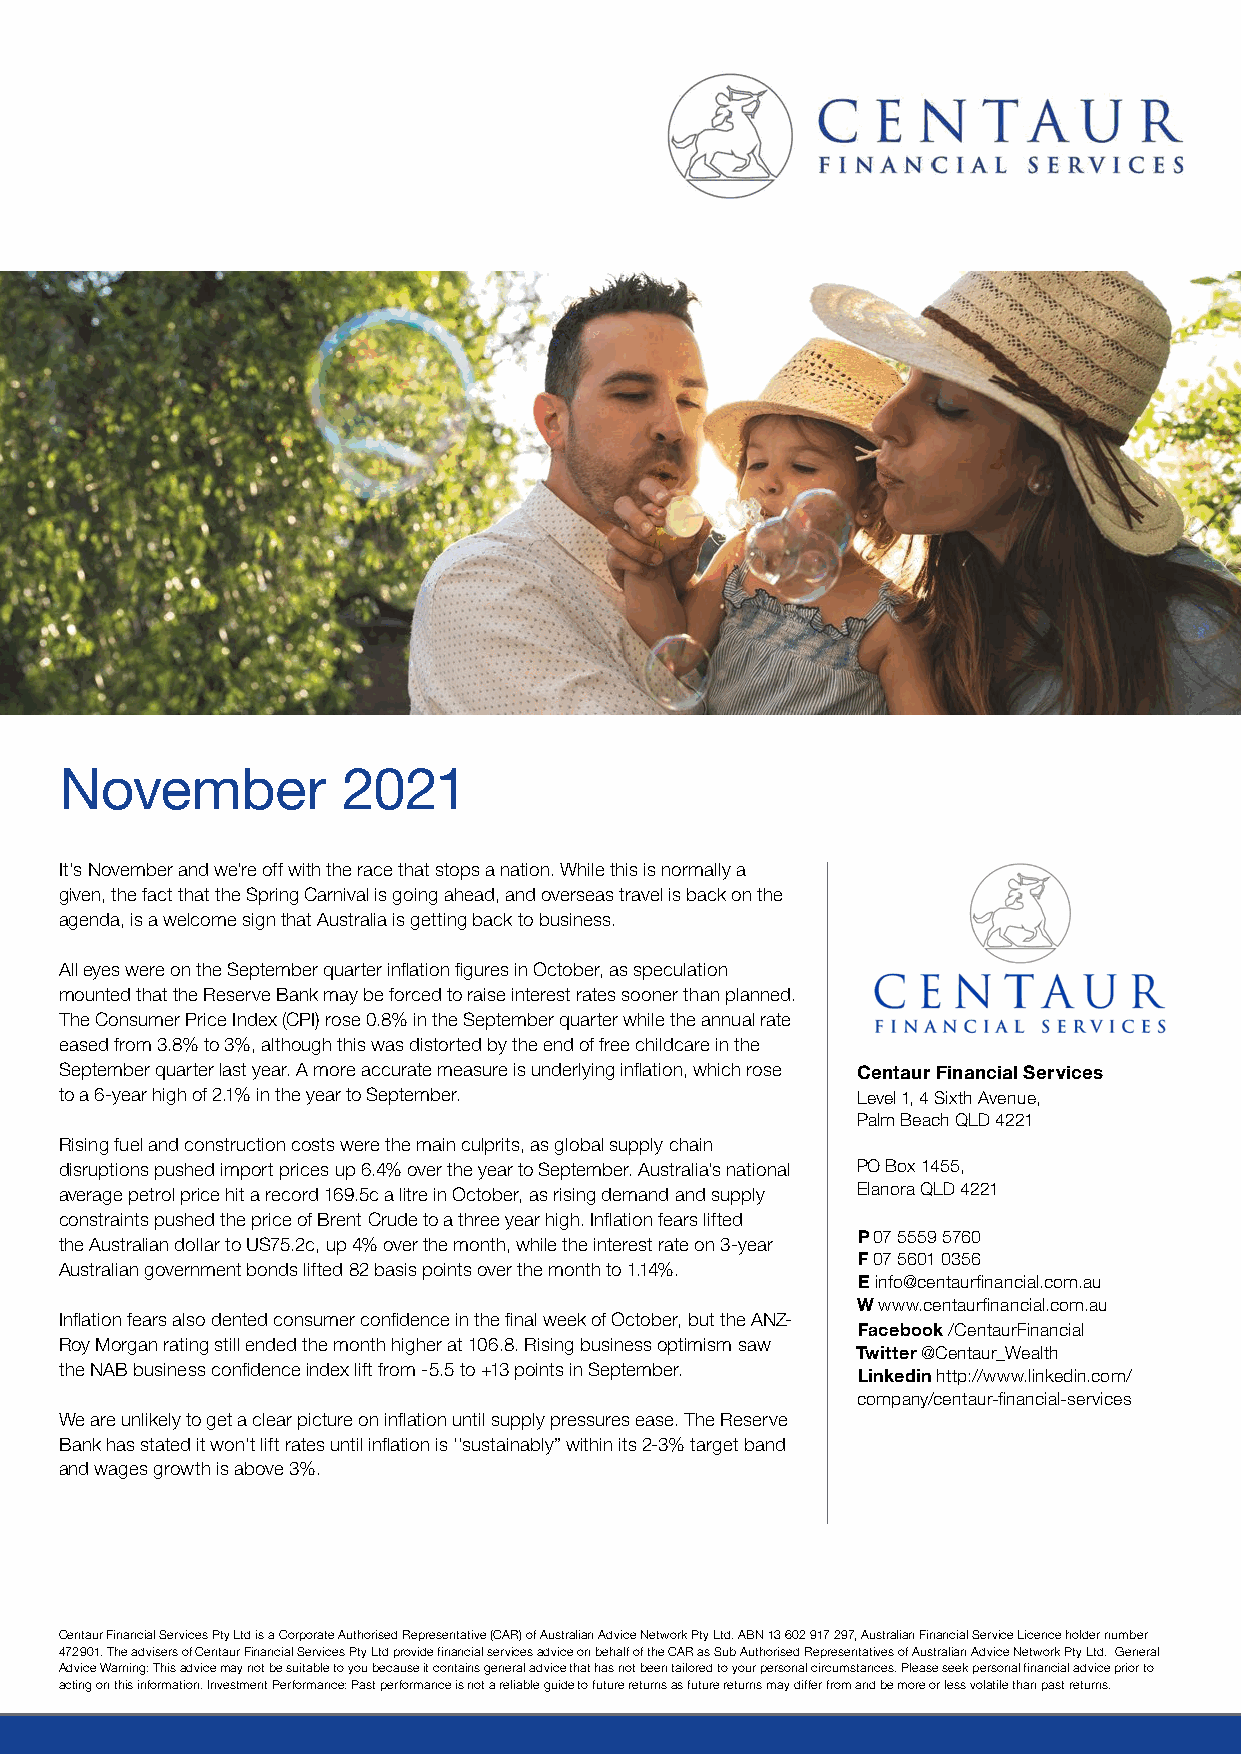
November           2021
 It’s November and we’re off with the race that stops a nation. While this is normally a
 given, the fact that the Spring Carnival is going ahead, and overseas travel is back on the
 agenda, is a welcome sign that Australia is getting back to business.
 All eyes were on the September quarter inflation figures in October, as speculation
 mounted that the Reserve Bank may be forced to raise interest rates sooner than planned.
 The Consumer Price Index (CPI) rose 0.8% in the September quarter while the annual rate
 eased from 3.8% to 3%, although this was distorted by the end of free childcare in the
 September quarter last year. A more accurate measure is underlying inflation, which rose Centaur Financial Services
 to a 6-year high of 2.1% in the year to September.   Level 1, 4 Sixth Avenue,
 Palm Beach QLD 4221
 Rising fuel and construction costs were the main culprits, as global supply chain
 disruptions pushed import prices up 6.4% over the year to September. Australia’s national PO Box 1455,
 average petrol price hit a record 169.5c a litre in October, as rising demand and supply Elanora QLD 4221
 constraints pushed the price of Brent Crude to a three year high. Inflation fears lifted
 P 07 5559 5760
 the Australian dollar to US75.2c, up 4% over the month, while the interest rate on 3-year
 F 07 5601 0356
 Australian government bonds lifted 82 basis points over the month to 1.14%.
 E info@centaurfinancial.com.au
 W www.centaurfinancial.com.au
 Inflation fears also dented consumer confidence in the final week of October, but the ANZ-
 Facebook /CentaurFinancial
 Roy Morgan rating still ended the month higher at 106.8. Rising business optimism saw
 Twitter @Centaur_Wealth
 the NAB business confidence index lift from -5.5 to +13 points in September.
 Linkedin http://www.linkedin.com/
 company/centaur-financial-services
 We are unlikely to get a clear picture on inflation until supply pressures ease. The Reserve
 Bank has stated it won’t lift rates until inflation is ‘’sustainably” within its 2-3% target band
 and wages growth is above 3%.
 Centaur Financial Services Pty Ltd is a Corporate Authorised Representative (CAR) of Australian Advice Network Pty Ltd. ABN 13 602 917 297, Australian Financial Service Licence holder number
 472901. The advisers of Centaur Financial Services Pty Ltd provide financial services advice on behalf of the CAR as Sub Authorised Representatives of Australian Advice Network Pty Ltd. General
 Advice Warning: This advice may not be suitable to you because it contains general advice that has not been tailored to your personal circumstances. Please seek personal financial advice prior to
 acting on this information. Investment Performance: Past performance is not a reliable guide to future returns as future returns may differ from and be more or less volatile than past returns.